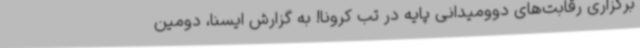
برگزاری رقابت‌های دوومیدانی پایه در تب کرونا! به گزارش ایسنا، دومین